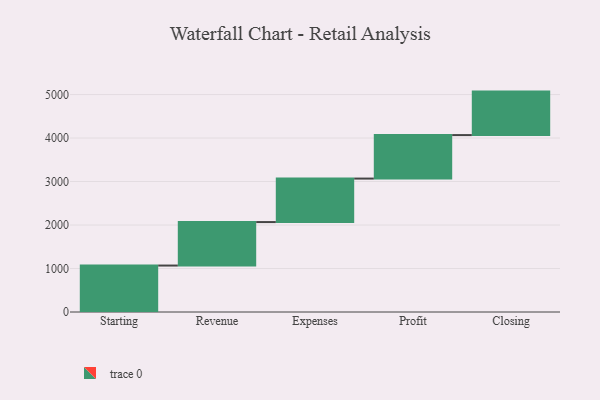
{"axis": {"x": "Step", "y": "Value"}, "legend": [""], "data": [{"x": "Starting", "y": 1068.0, "type": ""}, {"x": "Revenue", "y": 1000, "type": ""}, {"x": "Expenses", "y": 1000, "type": ""}, {"x": "Profit", "y": 1000, "type": ""}, {"x": "Closing", "y": 1000, "type": ""}]}